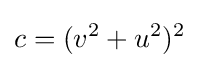
c=(v^{2}+u^{2})^{2}